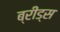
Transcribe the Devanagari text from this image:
ब्रीड्स